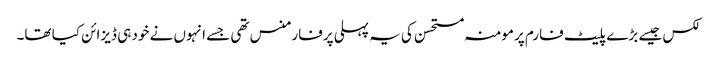
لکس جیسے بڑے پلیٹ فارم پرمومنہ مستحسن کی یہ پہلی پرفارمنس تھی جسے انہوں نے خود ہی ڈیزائن کیا تھا۔